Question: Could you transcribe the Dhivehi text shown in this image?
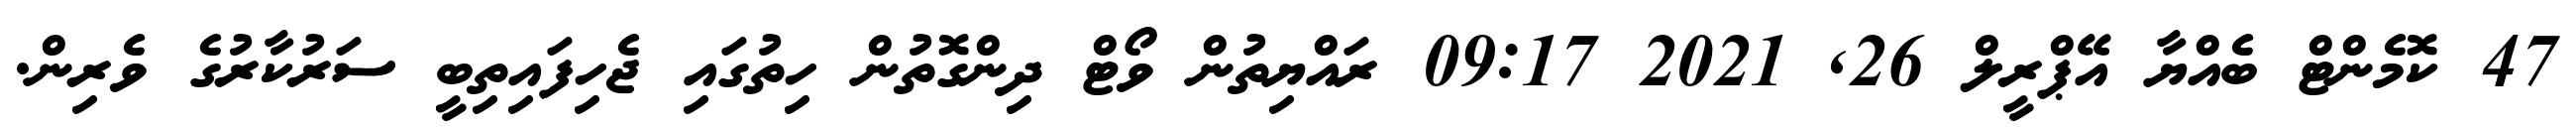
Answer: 47 ކޮމެންޓް ބެއްޔާ އޭޕްރީލް 26, 2021 09:17 ރައްޔިތުން ވޯޓް ދިންގޮތުން ހިތުގައި ޖެހިފައިތިބީ ސަރުކާރުގެ ވެރިން.